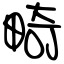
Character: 畸